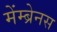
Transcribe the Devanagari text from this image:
मेंम्ब्रेनस